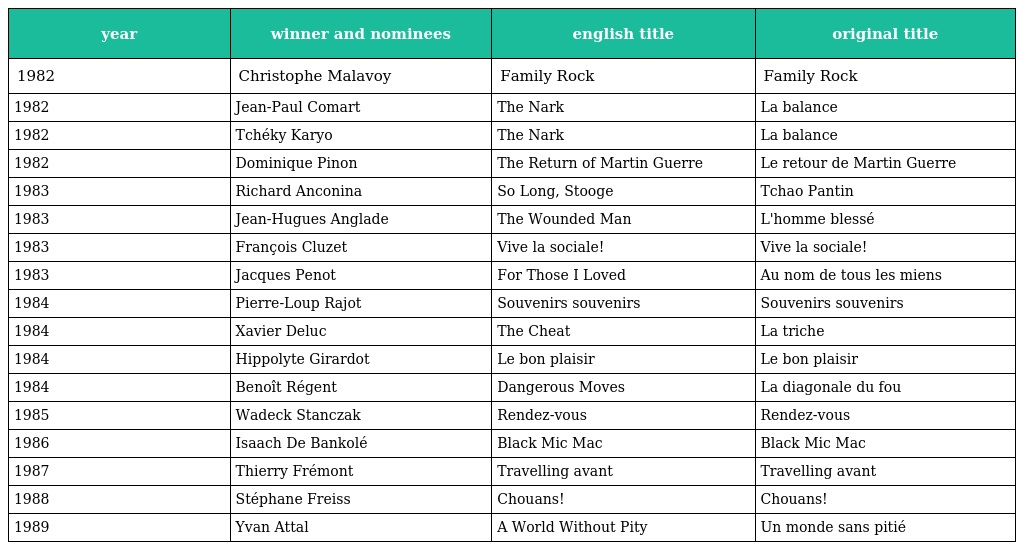
| year | winner and nominees | english title | original title |
 | --- | --- | --- | --- |
 | 1982 | Christophe Malavoy | Family Rock | Family Rock |
 | 1982 | Jean-Paul Comart | The Nark | La balance |
 | 1982 | Tchéky Karyo | The Nark | La balance |
 | 1982 | Dominique Pinon | The Return of Martin Guerre | Le retour de Martin Guerre |
 | 1983 | Richard Anconina | So Long, Stooge | Tchao Pantin |
 | 1983 | Jean-Hugues Anglade | The Wounded Man | L'homme blessé |
 | 1983 | François Cluzet | Vive la sociale! | Vive la sociale! |
 | 1983 | Jacques Penot | For Those I Loved | Au nom de tous les miens |
 | 1984 | Pierre-Loup Rajot | Souvenirs souvenirs | Souvenirs souvenirs |
 | 1984 | Xavier Deluc | The Cheat | La triche |
 | 1984 | Hippolyte Girardot | Le bon plaisir | Le bon plaisir |
 | 1984 | Benoît Régent | Dangerous Moves | La diagonale du fou |
 | 1985 | Wadeck Stanczak | Rendez-vous | Rendez-vous |
 | 1986 | Isaach De Bankolé | Black Mic Mac | Black Mic Mac |
 | 1987 | Thierry Frémont | Travelling avant | Travelling avant |
 | 1988 | Stéphane Freiss | Chouans! | Chouans! |
 | 1989 | Yvan Attal | A World Without Pity | Un monde sans pitié |